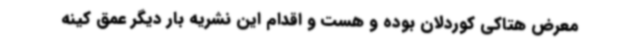
معرض هتاکی کوردلان بوده و هست و اقدام این نشریه بار دیگر عمق کینه